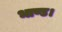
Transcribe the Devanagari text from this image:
भाण्ड।